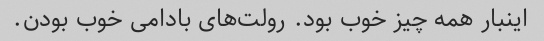
اینبار همه چیز خوب بود. رولت‌های بادامی خوب بودن.